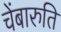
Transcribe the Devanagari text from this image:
चेंबारुति